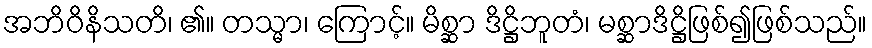
အဘိဝိနိသတိ၊ ၏။ တသ္မာ၊ ကြောင့်။ မိစ္ဆာ ဒိဋ္ဌိဘူတံ၊ မစ္ဆာဒိဋ္ဌိဖြစ်၍ဖြစ်သည်။